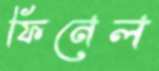
ফিনেল